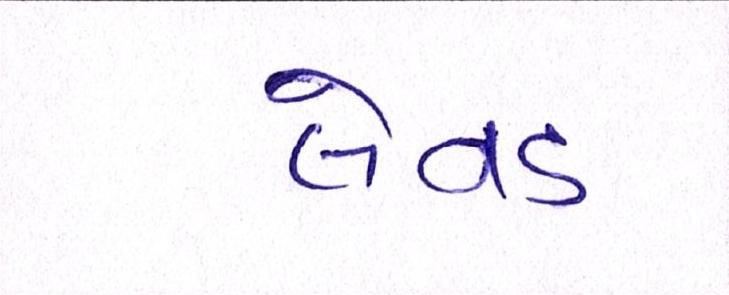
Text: લેવડ